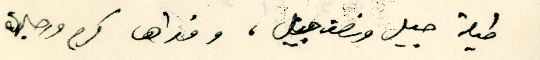
طيلة جيل ونصف جيل، وفداها كرم ورجاله